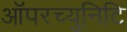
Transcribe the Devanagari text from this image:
ऑपरच्युनिटि